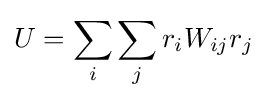
U=\sum _{i}\sum _{j}r_{i}W_{ij}r_{j}